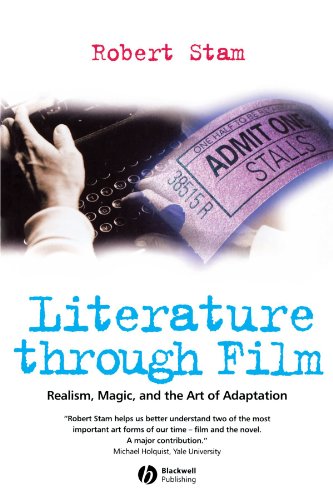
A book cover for Literature Through Film: Realism, Magic, and the Art of Adaptation; Robert Stam; Humor & Entertainment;